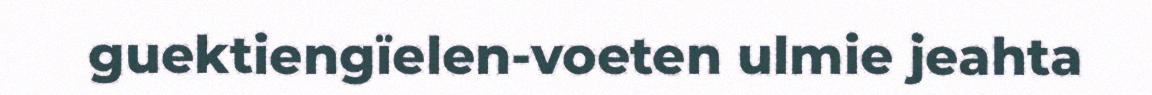
guektiengïelen-voeten ulmie jeahta